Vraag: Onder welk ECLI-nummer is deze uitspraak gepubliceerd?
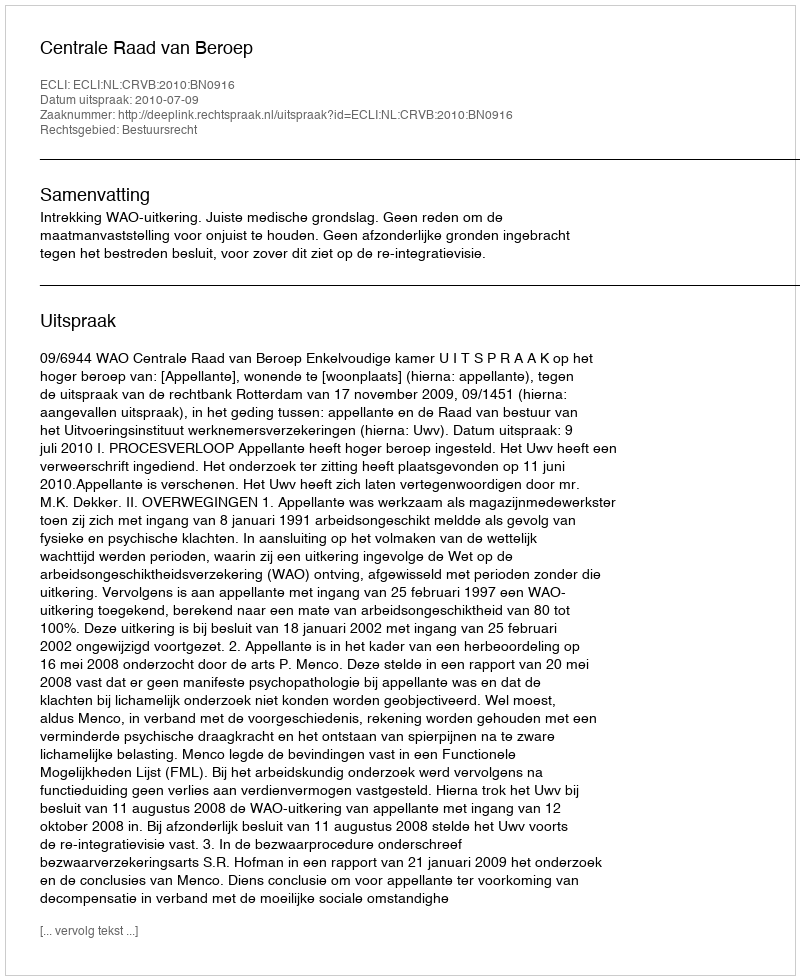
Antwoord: ECLI:NL:CRVB:2010:BN0916